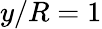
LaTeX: y/R=1